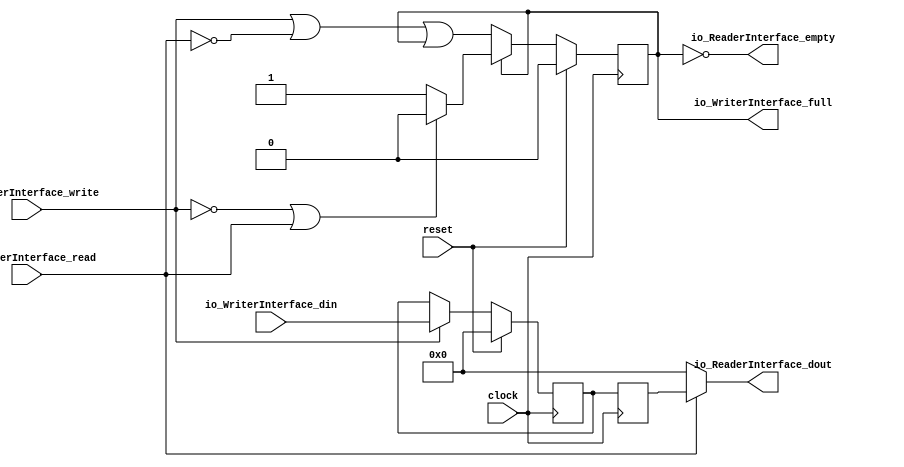
module FifoBuffer(
  input         clock,
  input         reset,
  input         io_WriterInterface_write,
  output        io_WriterInterface_full,
  input  [15:0] io_WriterInterface_din,
  input         io_ReaderInterface_read,
  output        io_ReaderInterface_empty,
  output [15:0] io_ReaderInterface_dout
);
`ifdef RANDOMIZE_REG_INIT
  reg [31:0] _RAND_0;
  reg [31:0] _RAND_1;
  reg [31:0] _RAND_2;
`endif // RANDOMIZE_REG_INIT
  reg  stateReg; // @[fifo_buffer.scala 21:27]
  wire  _GEN_0 = io_WriterInterface_write | ~io_ReaderInterface_read | stateReg; // @[fifo_buffer.scala 24:75 25:25 21:27]
  reg [15:0] fifoReg; // @[fifo_buffer.scala 37:26]
  reg [15:0] io_ReaderInterface_dout_REG; // @[fifo_buffer.scala 45:41]
  assign io_WriterInterface_full = stateReg; // @[fifo_buffer.scala 34:41]
  assign io_ReaderInterface_empty = ~stateReg; // @[fifo_buffer.scala 35:41]
  assign io_ReaderInterface_dout = io_ReaderInterface_read ? io_ReaderInterface_dout_REG : 16'h0; // @[fifo_buffer.scala 43:28 44:34 45:32]
  always @(posedge clock) begin
    if (reset) begin // @[fifo_buffer.scala 21:27]
      stateReg <= 1'h0; // @[fifo_buffer.scala 21:27]
    end else if (~stateReg) begin // @[fifo_buffer.scala 22:21]
      stateReg <= _GEN_0;
    end else if (stateReg) begin // @[fifo_buffer.scala 22:21]
      if (~io_WriterInterface_write | io_ReaderInterface_read) begin // @[fifo_buffer.scala 29:75]
        stateReg <= 1'h0; // @[fifo_buffer.scala 30:25]
      end
    end
    if (reset) begin // @[fifo_buffer.scala 37:26]
      fifoReg <= 16'h0; // @[fifo_buffer.scala 37:26]
    end else if (io_WriterInterface_write) begin // @[fifo_buffer.scala 39:35]
      fifoReg <= io_WriterInterface_din; // @[fifo_buffer.scala 40:17]
    end
    io_ReaderInterface_dout_REG <= fifoReg; // @[fifo_buffer.scala 45:41]
  end
// Register and memory initialization
`ifdef RANDOMIZE_GARBAGE_ASSIGN
`define RANDOMIZE
`endif
`ifdef RANDOMIZE_INVALID_ASSIGN
`define RANDOMIZE
`endif
`ifdef RANDOMIZE_REG_INIT
`define RANDOMIZE
`endif
`ifdef RANDOMIZE_MEM_INIT
`define RANDOMIZE
`endif
`ifndef RANDOM
`define RANDOM $random
`endif
`ifdef RANDOMIZE_MEM_INIT
  integer initvar;
`endif
`ifndef SYNTHESIS
`ifdef FIRRTL_BEFORE_INITIAL
`FIRRTL_BEFORE_INITIAL
`endif
initial begin
  `ifdef RANDOMIZE
    `ifdef INIT_RANDOM
      `INIT_RANDOM
    `endif
    `ifndef VERILATOR
      `ifdef RANDOMIZE_DELAY
        #`RANDOMIZE_DELAY begin end
      `else
        #0.002 begin end
      `endif
    `endif
`ifdef RANDOMIZE_REG_INIT
  _RAND_0 = {1{`RANDOM}};
  stateReg = _RAND_0[0:0];
  _RAND_1 = {1{`RANDOM}};
  fifoReg = _RAND_1[15:0];
  _RAND_2 = {1{`RANDOM}};
  io_ReaderInterface_dout_REG = _RAND_2[15:0];
`endif // RANDOMIZE_REG_INIT
  `endif // RANDOMIZE
end // initial
`ifdef FIRRTL_AFTER_INITIAL
`FIRRTL_AFTER_INITIAL
`endif
`endif // SYNTHESIS
endmodule